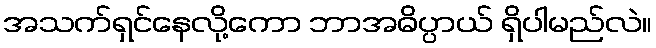
အသက်ရှင်နေလို့ကော ဘာအဓိပ္ပာယ် ရှိပါမည်လဲ။